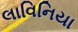
લાવિનિયા